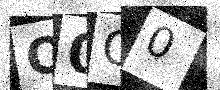
Text: Q0G0